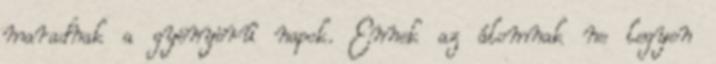
maradnak a gyönyörû napok. Ennek az álomnak ne legyen